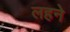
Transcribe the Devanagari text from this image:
लहने